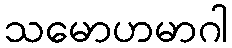
သမောဟမာဂါ